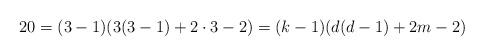
LaTeX: \begin{align*}20 = (3-1)(3(3-1)+2\cdot3-2) = (k-1)(d(d-1)+2m-2)\end{align*}